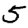
Digit: 5